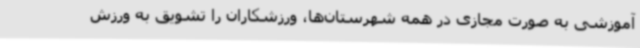
آموزشی به صورت مجازی در همه شهرستان‌ها، ورزشکاران را تشویق به ورزش